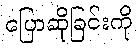
ပြောဆိုခြင်းကို